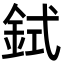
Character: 鉽